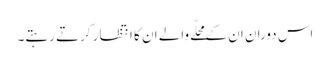
اس دوران ان کے محلّے والے ان کا انتظار کرتے رہتے۔